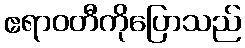
ဧရာဝတီကိုပြောသည်